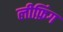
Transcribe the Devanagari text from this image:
लीफ़िंग